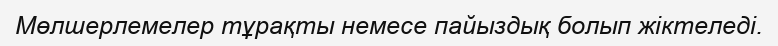
Мөлшерлемелер тұрақты немесе пайыздық болып жіктеледі.